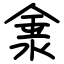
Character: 淾